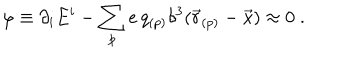
LaTeX: \varphi \equiv \partial _ { i } E ^ { i } - \sum _ { p } e \, q _ { ( p ) } \delta ^ { 3 } ( \vec { r } _ { ( p ) } - \vec { x } ) \approx 0 \; .